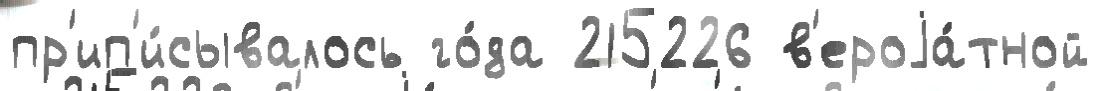
пр'ип'и́сывалось го́да 215226 в'ероjа́тной